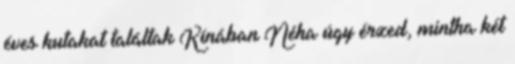
éves kutakat találtak Kínában Néha úgy érzed, mintha két